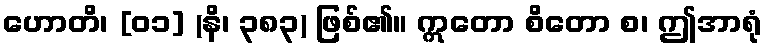
ဟောတိ၊ [၀၁] (နိ၊ ၃၈၃) ဖြစ်၏။ ဣတော စိတော စ၊ ဤအာရုံ